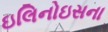
ઇલિનોઇસના